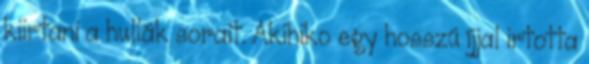
kiirtani a hullák sorait. Akihiko egy hosszú íjjal irtotta